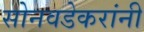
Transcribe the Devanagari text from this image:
सोनवडेकरांनी